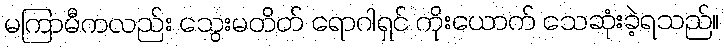
မကြာမီကလည်း သွေးမတိတ် ရောဂါရှင် ကိုးယောက် သေဆုံးခဲ့ရသည်။